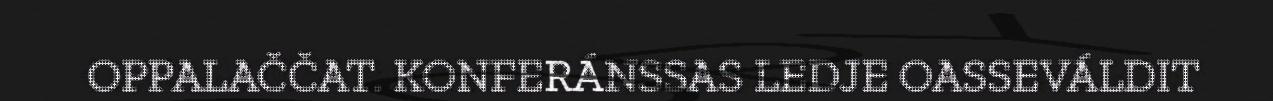
OPPALAČČAT. KONFERÁNSSAS LEDJE OASSEVÁLDIT